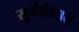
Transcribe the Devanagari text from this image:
सुर्यवंशात